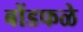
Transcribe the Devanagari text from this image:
बोंडफळे